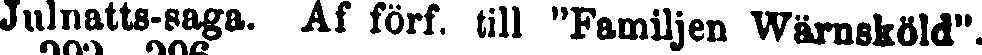
Julnatts-saga. Af förf. till "Familjen Wärnsköld".